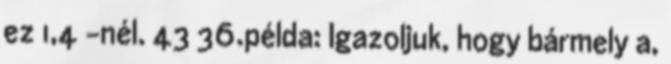
ez 1,4 –nél. 43 36.példa: Igazoljuk, hogy bármely a,